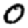
Digit: 0